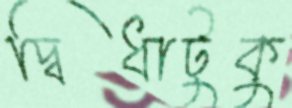
দ্বিধাটুকু